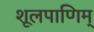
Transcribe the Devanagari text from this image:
शूलपाणिम्